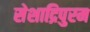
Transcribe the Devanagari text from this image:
सेशाद्रिपुरम